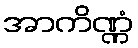
အာကိဏ္ဏံ